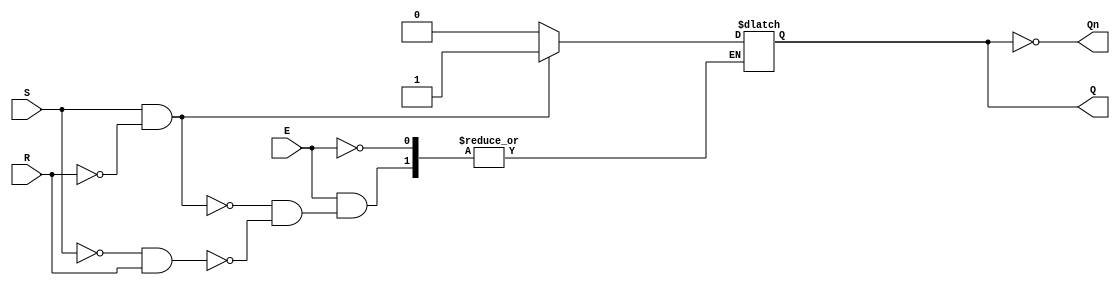
module gated_sr_latch (
    input wire S,      // Set input
    input wire R,      // Reset input
    input wire E,      // Enable input
    output reg Q,      // Output Q
    output wire Qn     // Complement of Q
);

    assign Qn = ~Q; // Define Q' as the complement of Q

    always @ (S, R, E) begin
        if (E) begin
            if (S && ~R) begin
                Q <= 1'b1; // Set Q to 1 when S is high and R is low
            end else if (~S && R) begin
                Q <= 1'b0; // Reset Q to 0 when S is low and R is high
            end
            // If both S and R are high, this condition should be avoided
            // If both S and R are low, Q retains its previous state
        end
        // When E is low, do nothing, Q retains its previous state
    end

endmodule